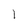
Character: 1